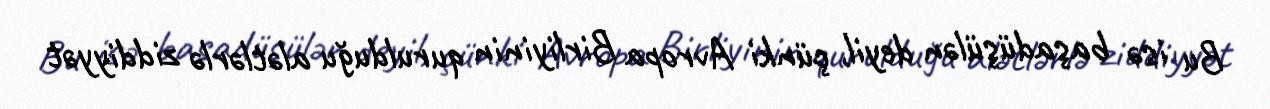
Bu isə başadüşülən deyil, çünki Avropa Birliyinin qurulduğu alətlərlə ziddiyyət